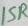
Text: 15R